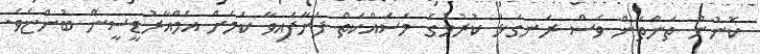
ކޮނުނު ތަންތަން ވެސް ރަނގަޅު ކުރުމުގެ މަސައްކަތް ފަށާފައިވާ ކަމަށް އެމްއާރުޑީސީން ބުންޏެވެ.